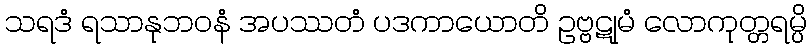
သရဒံ ရသာနုဘဝနံ အပဿတံ ပဒကာယောတိ ဥဗ္ဗဋုမံ လောကုတ္တရမ္ပိ